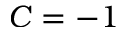
C = - 1